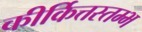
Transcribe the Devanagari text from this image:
कीर्कित्तस्तम्भ